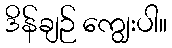
ဒိန်ချဉ် ကျွေးပါ။